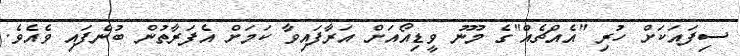
ސިފައަކަށް ހުރި "އެއްޗެއް"ގެ މޫނު ވީޑިއޯއަށް އަރާފައިވާ ކަމަށް އެފަރާތުން ބުނެފައި ވެއެވެ.